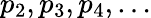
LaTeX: p_{2},p_{3},p_{4},\ldots